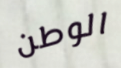
الوطن